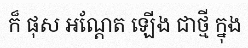
ក៏ ផុស អណ្តែត ឡើង ជាថ្មី ក្នុង